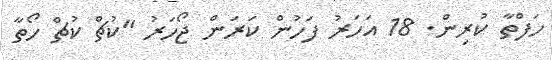
ހަފްތާ ކުރިން. 18 އަހަރު ފަހުން ކަރަން ޖޯހަރު "ކުޗް ކުޗް ހޯތާ